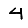
Digit: 4